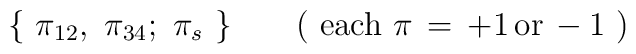
\{ \ \pi_{12}, \ \pi_{34}; \ \pi_{s}\ \} \qquad (\  \mathrm{each} \  \pi \,=\, +1 \, \mathrm{or} \, -1 \ )